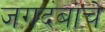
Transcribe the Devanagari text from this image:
जगदंबाचे